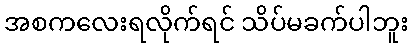
အစကလေးရလိုက်ရင် သိပ်မခက်ပါဘူး